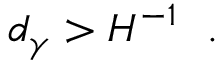
d _ { \gamma } > H ^ { - 1 } \ \ .